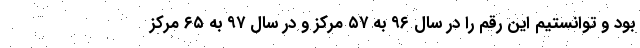
بود و توانستیم این رقم را در سال ۹۶ به ۵۷ مرکز و در سال ۹۷ به ۶۵ مرکز